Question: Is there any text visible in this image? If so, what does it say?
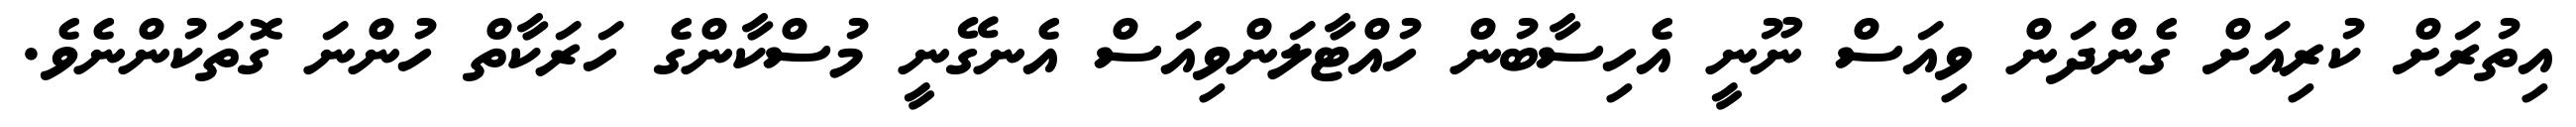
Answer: އިތުރަށް ކުރިއަށް ގެންދަން ވިއަސް ނޫނީ އެހިސާބުން ހުއްޓާލަންވިއަސް އެނގޭނީ މުސްކާންގެ ހަރަކާތް ހުންނަ ގޮތަކުންނެވެ.